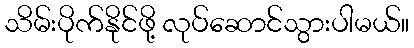
သိမ်းပိုက်နိုင်ဖို့ လုပ်ဆောင်သွားပါမယ်။